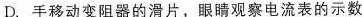
D.手移动变阻器的滑片，眼睛观察电流表的示数